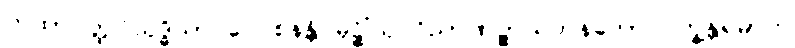
ကထာဝတ္ထုဝိသုဒ္ဓိယာ ဝေဝစနန္တိ မုဉ္စိံသု ဝိညာဏဉ္စာယတနတော ပက္ခန္တရမာဟ